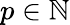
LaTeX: p\in\mathbb N